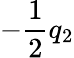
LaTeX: -\frac{1}{2}q_{2}